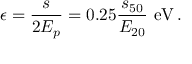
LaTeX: \epsilon = \frac { s } { 2 E _ { p } } = 0 . 2 5 \frac { s _ { 5 0 } } { E _ { 2 0 } } ~ \mathrm { e V } \, .